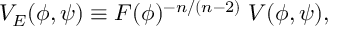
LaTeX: V _ { E } ( \phi , \psi ) \equiv F ( \phi ) ^ { - n / ( n - 2 ) } \; V ( \phi , \psi ) ,